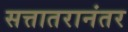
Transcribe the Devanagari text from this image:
सत्तातरानंतर